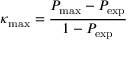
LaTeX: \kappa _ { \operatorname* { m a x } } = { \frac { P _ { \operatorname* { m a x } } - P _ { \exp } } { 1 - P _ { \exp } } }